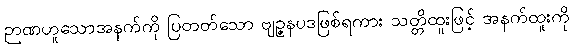
ဉာဏဟူသောအနက်ကို ပြတတ်သော ဗျဉ္ဇနပဒဖြစ်ရကား သတ္တိထူးဖြင့် အနက်ထူးကို